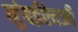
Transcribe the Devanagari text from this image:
मुंबईऐवजी